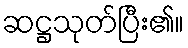
ဆဋ္ဌသုတ်ပြီး၏။